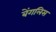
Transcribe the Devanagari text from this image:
बेंगलिस